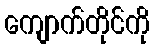
ကျောက်တိုင်ကို